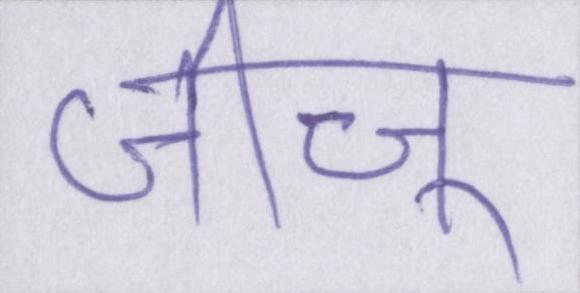
जीजू